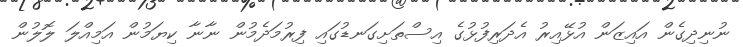
ނުނިދިގެން އައިޒަން އުޅޭއިރު އެދަރިފުޅުގެ އިސްތަށިގަނޑުގައި ފިރުމަދެމުން ނާނާ ކިޔަމުން އަމިއްލަ ލޮލުން